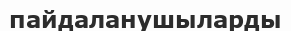
пайдаланушыларды